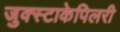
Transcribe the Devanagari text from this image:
जुक्स्टाकेपिलरी